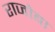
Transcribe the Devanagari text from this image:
राजोबा